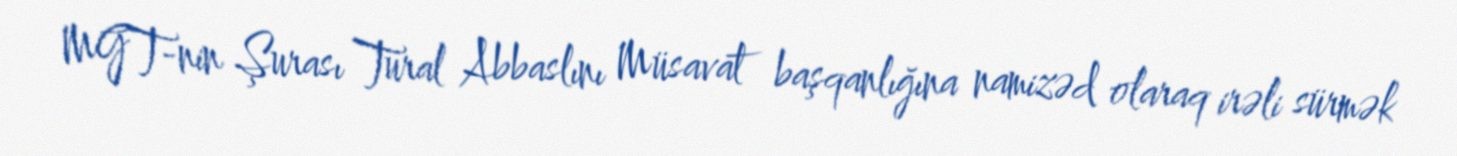
MGT-nin Şurası Tural Abbaslını Müsavat başqanlığına namizəd olaraq irəli sürmək